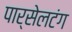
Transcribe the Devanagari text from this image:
पार्सेलटंग